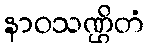
နာဝသဏ္ဌိတံ